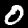
Label: 0